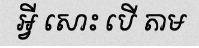
អ្វី សោះ បើ តាម